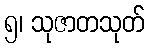
၅၊ သုဇာတသုတ်